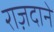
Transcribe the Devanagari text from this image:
राज़दाने